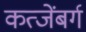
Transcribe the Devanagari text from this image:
कत्जेंबर्ग